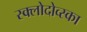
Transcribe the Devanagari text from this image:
स्क्लोदोव्स्का